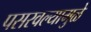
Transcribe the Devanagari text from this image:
पसरवल्यामुळे